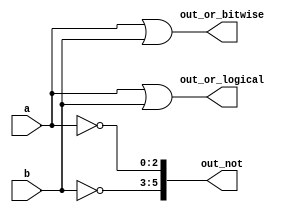
module top_module( 
    input [2:0] a,
    input [2:0] b,
    output [2:0] out_or_bitwise,
    output out_or_logical,
    output [5:0] out_not
);
    
    assign out_or_bitwise = a|b;
    assign out_or_logical = a||b;
    assign out_not[5:3]   = ~b; //this is bitwise not
    assign out_not[2:0]   = ~a;

endmodule